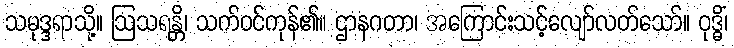
သမုဒ္ဒရာသို့။ ဩသရန္တိ၊ သက်ဝင်ကုန်၏။ ဌာနဂတာ၊ အကြောင်းသင့်လျော်လတ်သော်။ ဝုဒ္ဓိံ၊